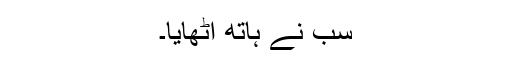
سب نے ہاتھ اٹھایا۔